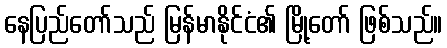
နေပြည်တော်သည် မြန်မာနိုင်ငံ၏ မြို့တော် ဖြစ်သည်။